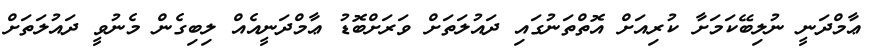
ޢާމްދަނީ ނުލިބޭކަމަށާ ކުރިއަށް އޮތްތަނުގައި ދައުލަތަށް ވަރަށްބޮޑު ޢާމްދަނީއެއް ލިބިގެން މެނުވީ ދައުލަތަށް